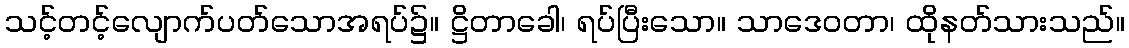
သင့်တင့်လျောက်ပတ်သောအရပ်၌။ ဋ္ဌိတာခေါ၊ ရပ်ပြီးသော။ သာဒေဝတာ၊ ထိုနတ်သားသည်။